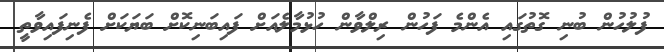
ފުލުހުން ބުނި ގޮތުގައި އެންމެ ފަހުން ރިލްވާން ހުޅުމާލެއަށް ފައިބަނިކޮށް ބަޔަކަށް ފެނިފައިވާތީ